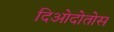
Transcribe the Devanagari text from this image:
दिओदोतोस